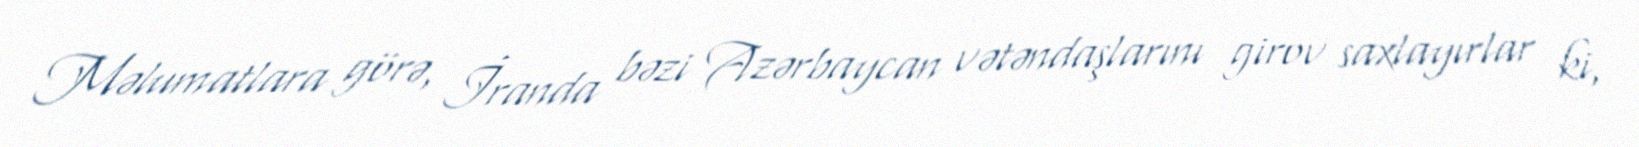
Məlumatlara görə, İranda bəzi Azərbaycan vətəndaşlarını girov saxlayırlar ki,